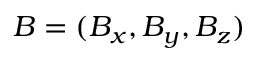
B = ( B _ { x } , B _ { y } , B _ { z } )